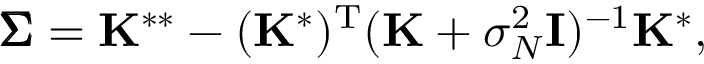
{ \pmb { \Sigma } } = \mathbf { K } ^ { * * } - ( \mathbf { K } ^ { * } ) ^ { \mathrm { T } } ( \mathbf { K } + \sigma _ { N } ^ { 2 } { \bf { I } } ) ^ { - 1 } \mathbf { K } ^ { * } ,